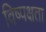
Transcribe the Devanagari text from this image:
विष्पक्षता